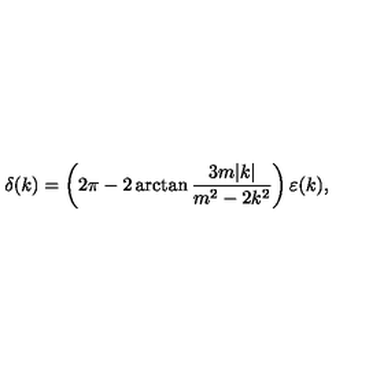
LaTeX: \delta ( k ) = \left( 2 \pi - 2 \arctan { \frac { 3 m | k | } { m ^ { 2 } - 2 k ^ { 2 } } } \right) \varepsilon ( k ) ,